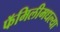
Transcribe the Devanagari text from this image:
फॅमिलीमधल्या